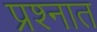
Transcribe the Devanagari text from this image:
प्रश्‍नात